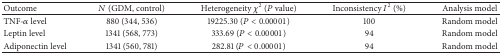
<table><thead><tr><td><b>Outcome</b></td><td><b><i>N</i> (GDM, control)</b></td><td><b>Heterogeneity <i>χ</i><sup>2</sup> (<i>P</i> value)</b></td><td><b>Inconsistency <i>I</i><sup>2</sup> (%)</b></td><td><b>Analysis model</b></td></tr></thead><tbody><tr><td>TNF-<i>α</i> level</td><td>880 (344, 536)</td><td>19225.30 (<i>P</i> &lt; 0.00001)</td><td>100</td><td>Random model</td></tr><tr><td>Leptin level </td><td>1341 (568, 773)</td><td>333.69 (<i>P</i> &lt; 0.00001)</td><td>94</td><td>Random model</td></tr><tr><td>Adiponectin level </td><td>1341 (560, 781)</td><td>282.81 (<i>P</i> &lt; 0.00001)</td><td>94</td><td>Random model</td></tr></tbody></table>